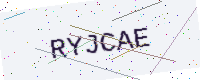
Text: RYJCAE